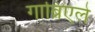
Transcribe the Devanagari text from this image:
गाब्रिएले